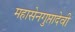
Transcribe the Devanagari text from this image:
महासेनगुप्तादेवी